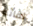
لقائه